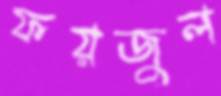
ফয়জুল